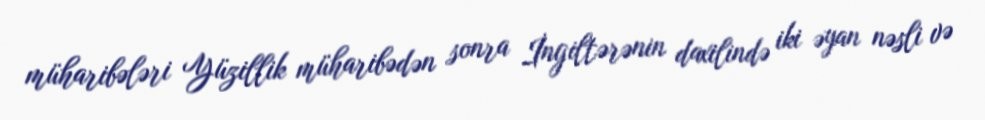
müharibələri Yüzillik müharibədən sonra İngiltərənin daxilində iki əyan nəsli və